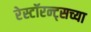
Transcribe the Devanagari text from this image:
रेस्टॉरन्ट्सच्या